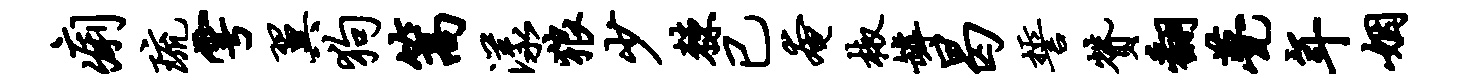
痢琉雩翼狗篙漾狼少棘已奄椒罅曷誓赞翻甍年姻